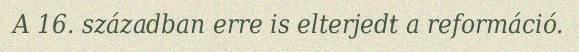
A 16. században erre is elterjedt a reformáció.